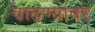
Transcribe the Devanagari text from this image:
वाढण्यावर